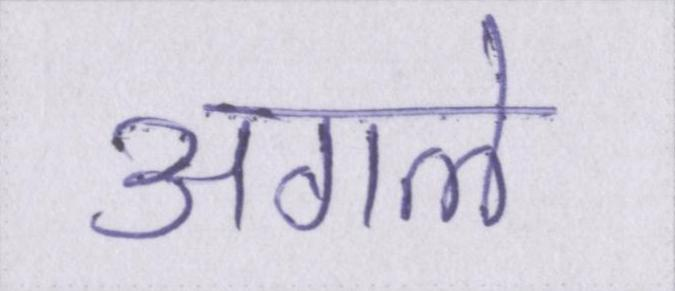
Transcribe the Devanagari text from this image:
अगले